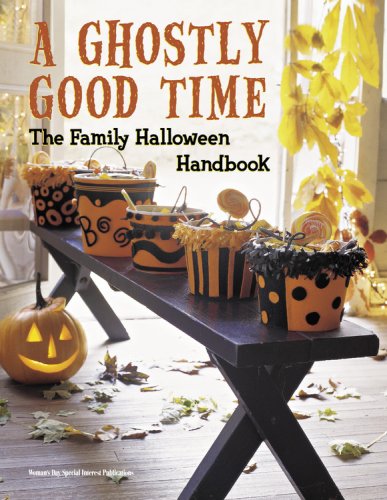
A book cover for A Ghostly Good Time: The Family Halloween Handbook; Editors of Woman's Day Special Interest Publications; Cookbooks, Food & Wine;